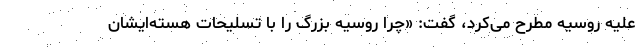
علیه روسیه مطرح می‌کرد، گفت:‌ «چرا روسیه بزرگ را با تسلیحات هسته‌ایشان